Indian journal of veterinary science and animal husbandry - Volumes 18-21, 1948-1951
Year: 1948
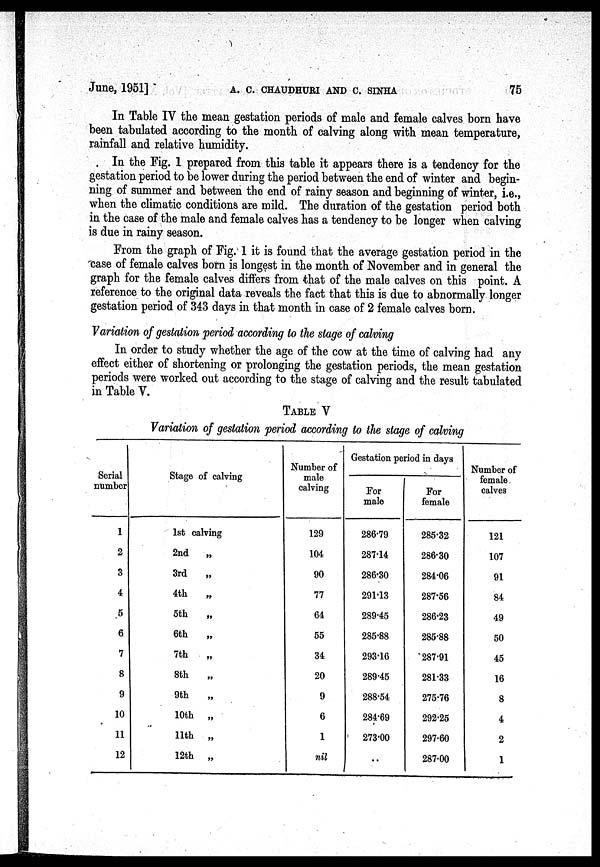
June, 1951]
A.
C.
CHAUDHURI
AND
C.
SINHA
75
In Table IV the mean gestation periods of male and female calves born have
been tabulated according to the month of calving along with mean temperature,
rainfall and relative humidity.
In the Fig. 1 prepared from this table it appears there is a tendency for the
gestation period to be lower during the period between the end of winter and begin-
ning of summer and between the end of rainy season and beginning of winter, i.e.,
when the climatic conditions are mild. The duration of the gestation period both
in the case of the male and female calves has a tendency to be longer when calving
is due in rainy season.
From the graph of Fig. 1 it is found that the average gestation period in the
case of female calves born is longest in the month of November and in general the
graph for the female calves differs from that of the male calves on this point. A
reference to the original data reveals the fact that this is due to abnormally longer
gestation period of 343 days in that month in case of 2 female calves born.
Variation of gestation period according to the stage of calving
In order to study whether the age of the cow at the time of calving had any
effect either of shortening or prolonging the gestation periods, the mean gestation
periods were worked out according to the stage of calving and the result tabulated
in Table V.
TABLE V
Variation of gestation period according to the stage of calving
Serial
number
1
2
3
4
5
6
7
8
9
10
11
12
Stage of calving
1st calving
2nd
„
3rd „
4th „
5th
„
6th „
7th „
8th „
9th „
10th „
11th „
12th „
Number of
male
calving
129
104
90
77
64
55
34
20
9
6
1
nil
Gestation period in days
For
male
286.79
287.14
286.30
291.13
289.45
285.88
293.16
289.45
288.54
284.69
273.00
..
For
female
285.32
286.30
284.06
287.56
286.23
285.88
287.91
281.33
275.76
292.25
297.60
287.00
Number of
female
calves
121
107
91
84
49
50
45
16
8
4
2
1